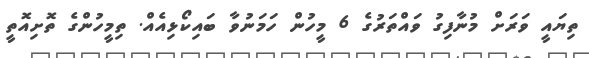
ތިޔައީ ވަރަށް މުނާފިގު ވައްތަރުގެ 6 މީހުން ހަމަނުވާ ބައިކޯޅިއެއް. ތިމީހުންގެ ތޮށިއޮތީ